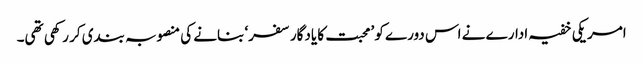
امریکی خفیہ ادارے نے اس دورے کو ’محبت کا یادگار سفر‘ بنانے کی منصوبہ بندی کر رکھی تھی۔